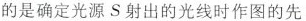
的是确定光源S射出的光线时作图的先